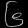
Digit: ၆